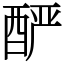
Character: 酽